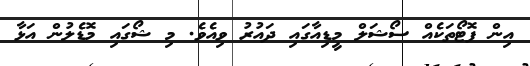
އިން ފޮޓޯތަކެއް ސޯޝަލް މީޑިއާގައި ދައުރު ވިއެވެ. މި ޝޯގައި މޮޑެލުން އަޅާ